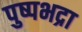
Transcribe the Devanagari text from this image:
पुष्पभद्रा